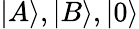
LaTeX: |A\rangle,|B\rangle,|0\rangle